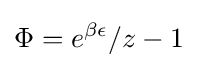
\Phi =e^{\beta \epsilon }/z-1